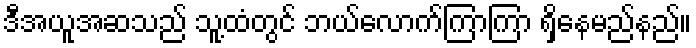
ဒီအယူအဆသည် သူ့ထံတွင် ဘယ်လောက်ကြာကြာ ရှိနေမည်နည်။